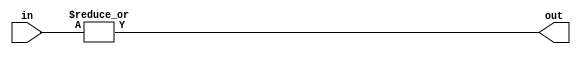
module bus_or(
	in,	// Input bus
	out	// Output
);

	/*********************/
	/* Module parameters */
	/*********************/
	parameter BUS_WIDTH = 32;

	/*************************/
	/* Declaring input ports */
	/*************************/
	input wire [BUS_WIDTH-1:0] in;

	/**************************/
	/* Declaring output ports */
	/**************************/
	output wire out;
	
	/*****************/
	/* Output Driver */
	/*****************/
	assign out = |in;

endmodule